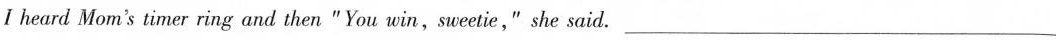
I heard Mom's timer ring and then " You win,sueetie," she said.___